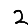
Digit: 2